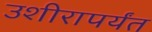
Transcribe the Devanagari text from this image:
उशीरापर्यंत